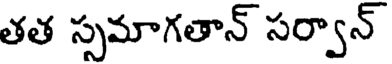
తత స్సమాగతాన్ సర్వాన్